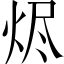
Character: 烬